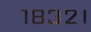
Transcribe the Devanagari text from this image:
१८३२।